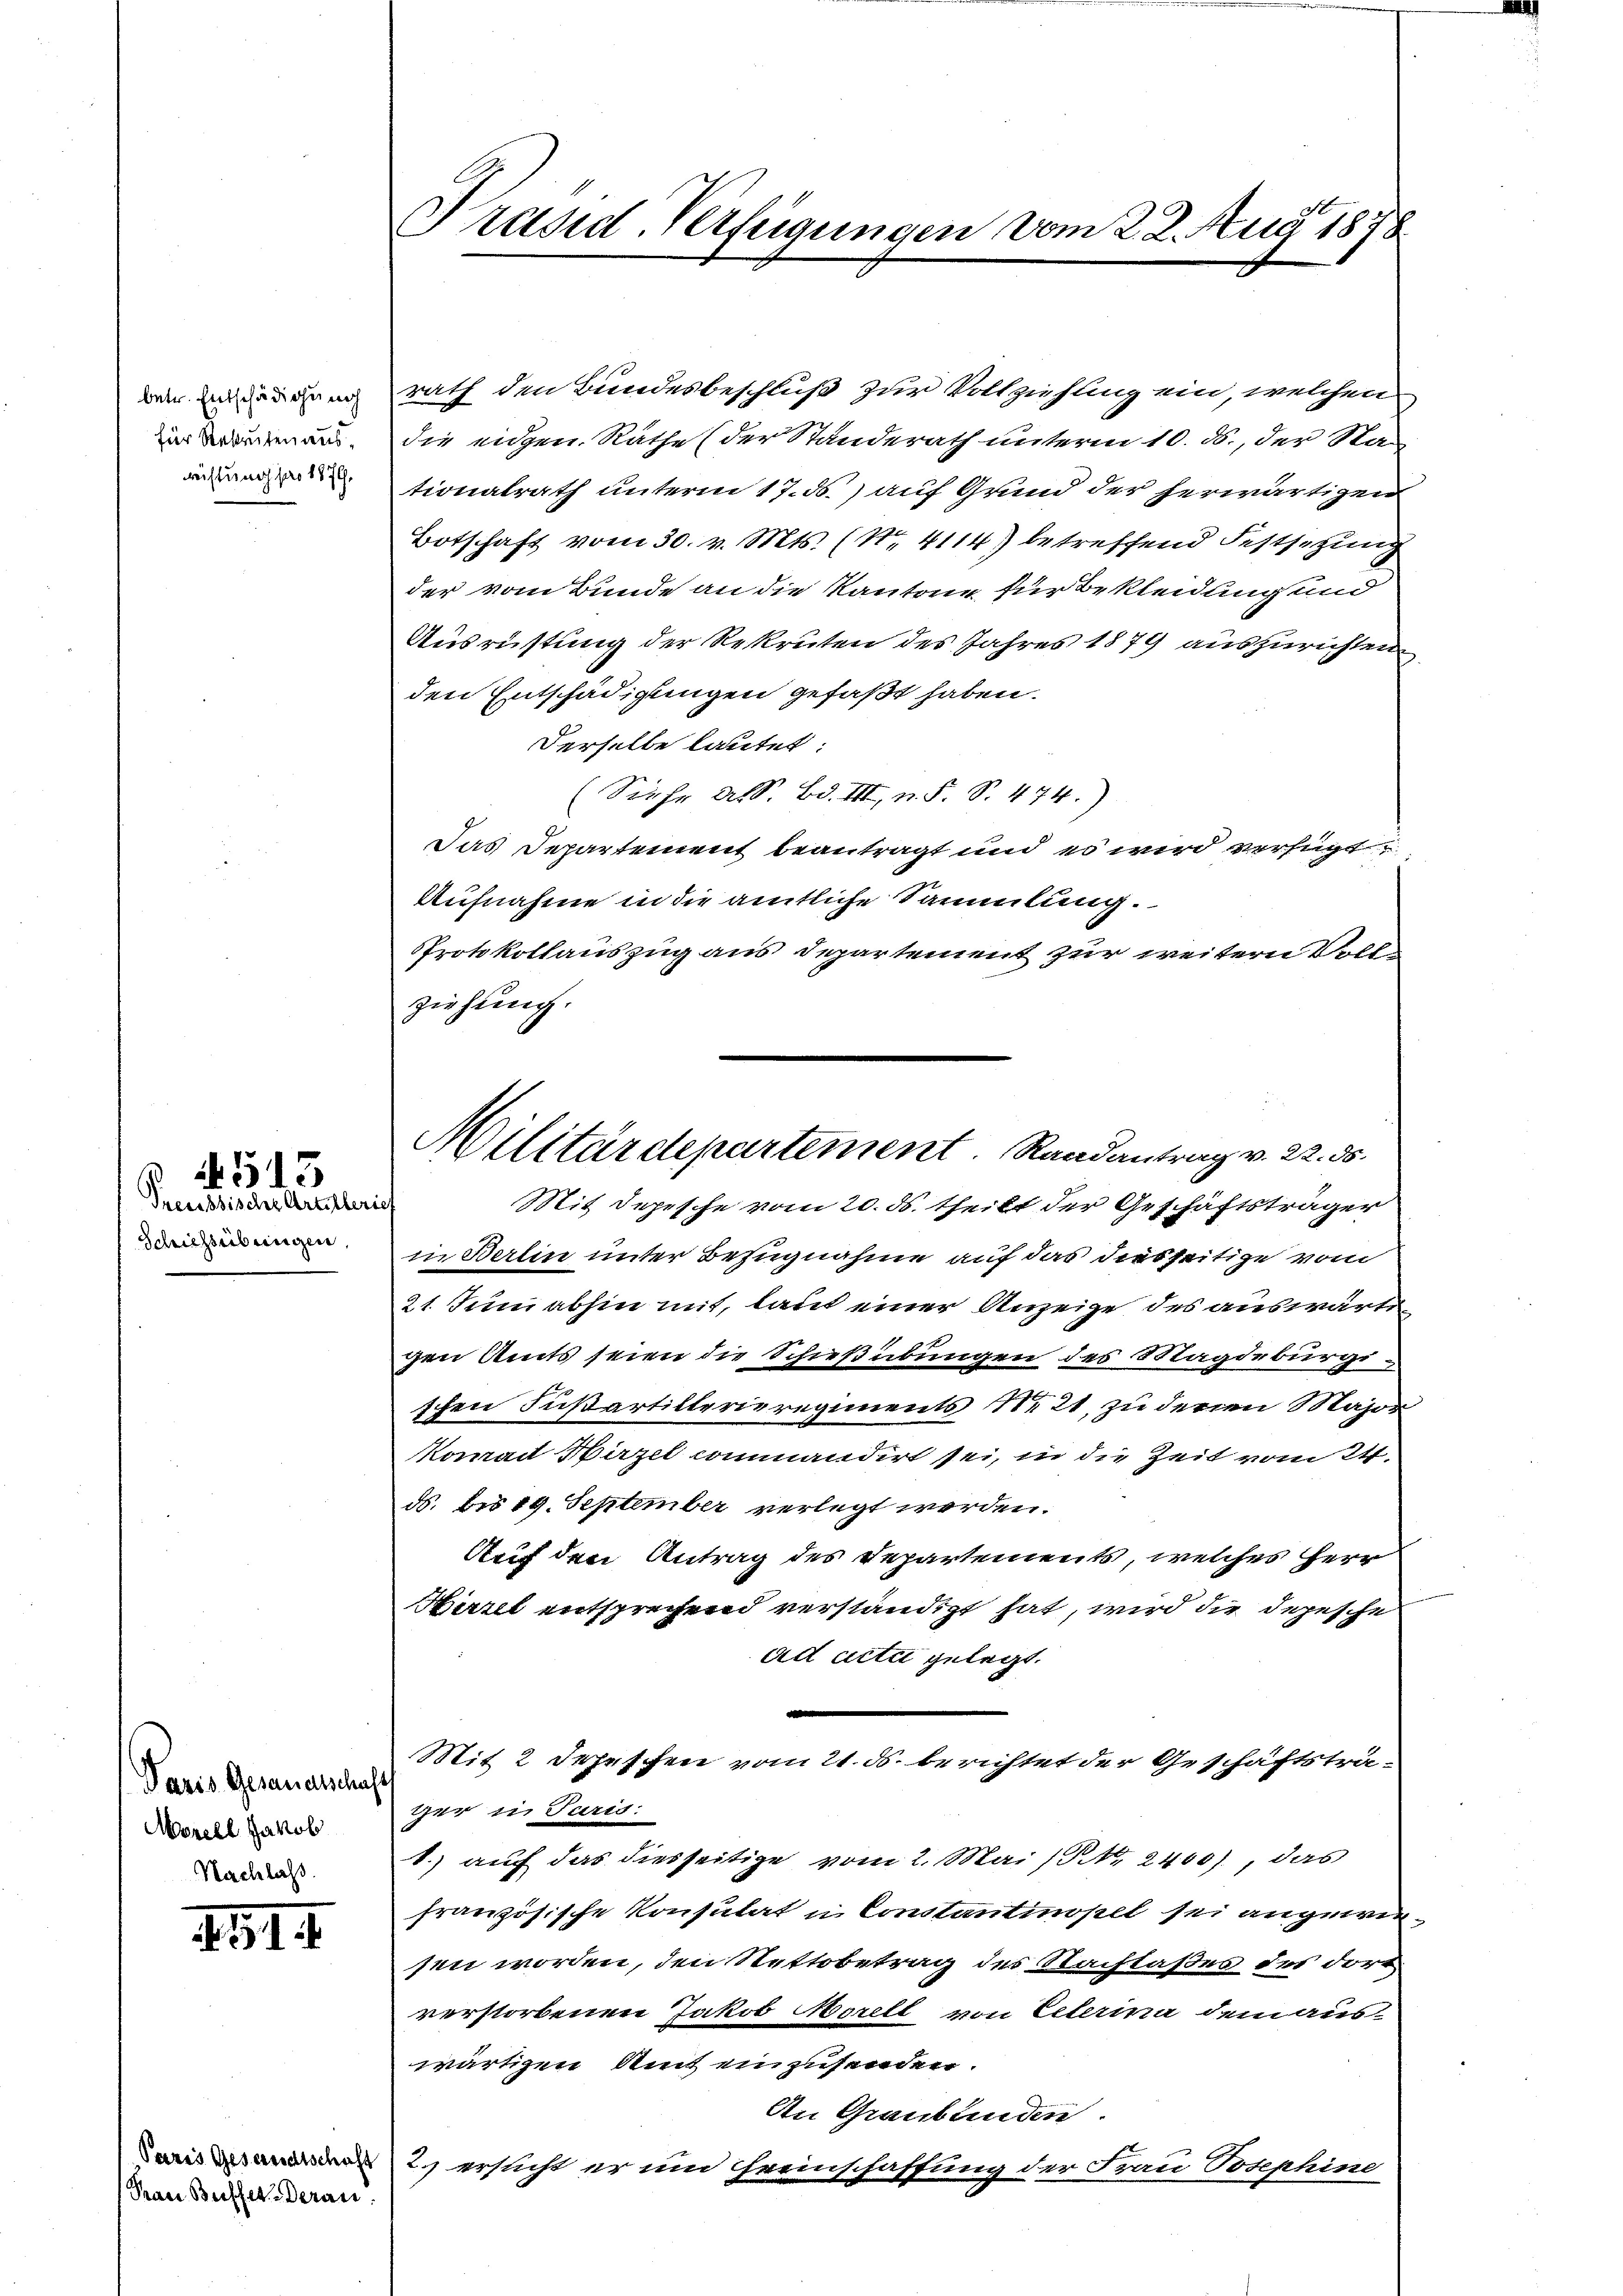
betr. Entschädigung
für Rekruten ausrüstung pro 1879.

Preussische Artillerie
Schichtsübungen,

4513

Paris Gesandtschaf
Morell Jakob
Nachlaß.

XII

Paris Gesandtschaft
Prau Buffet deran.

Präsid-Verfügungen vom 2. 2. Aug 1878

Militärdepartement Randantrag v. 22. ds.
Mit Depesche vom 20. ds. theilt der Geschäftsträger

rath den Bundesbeschluß zur Vollziehung ein, welchen
die eidgen. Räthe (der Standerath unterm 10. ds., der Nationalrath unterm 17. ds.) auf Grund der herwärtigen
Botschaft vom 30. v. Mts. (No. 4114) betreffend Festsetzung
der vom Bunde an die Kantone für Bekleidung und
Ausrüstung der Rekruten des Jahres 1879 auszurichten.
den Entschädigungen gefaßt haben.
Derselbe lautet:
(Sieher As. Bd. III, n. F. S. 474.)
Das Departement beantragt und es wird verfügt
Aufnahme in die amtliche Sammlung.
Protokollauszug aus Departement zur weitern Vollziehung.
in Berlin unter Bezugnahme auf das diesseitige vom
21. Juni abhin mit, laut einer Anzeige des auswärti
gen Amts seien die Schießübungen des Magdeburgischen Fußartillerieregiments N. 21, zu deren Major
Konrad Näzel commandirt sei, in die Zeit vom 24.
ds. bis 19. September verlegt werden.
Auf den Antrag des Departements, welches Herr
Hirzel entsprechend verständigt hat, wird die Depesche
ad acta gelegt.
Mit 2 Depeschen vom 21. ds. berichtet der Geschäftsträger in Juris:
1.) auf das diesseitige vom 2. Mai (S. 2400), das
französische Konsulat in Constantinopel sei angewiesen worden, den Nettobetrag des Nachtaßes des dort
verstorbenen Jakob Morelt von Celerina dem auswärtigen Amt einzusenden.
An Graubünden.
2. ersucht er und Freinschaffung der Frau Josephine